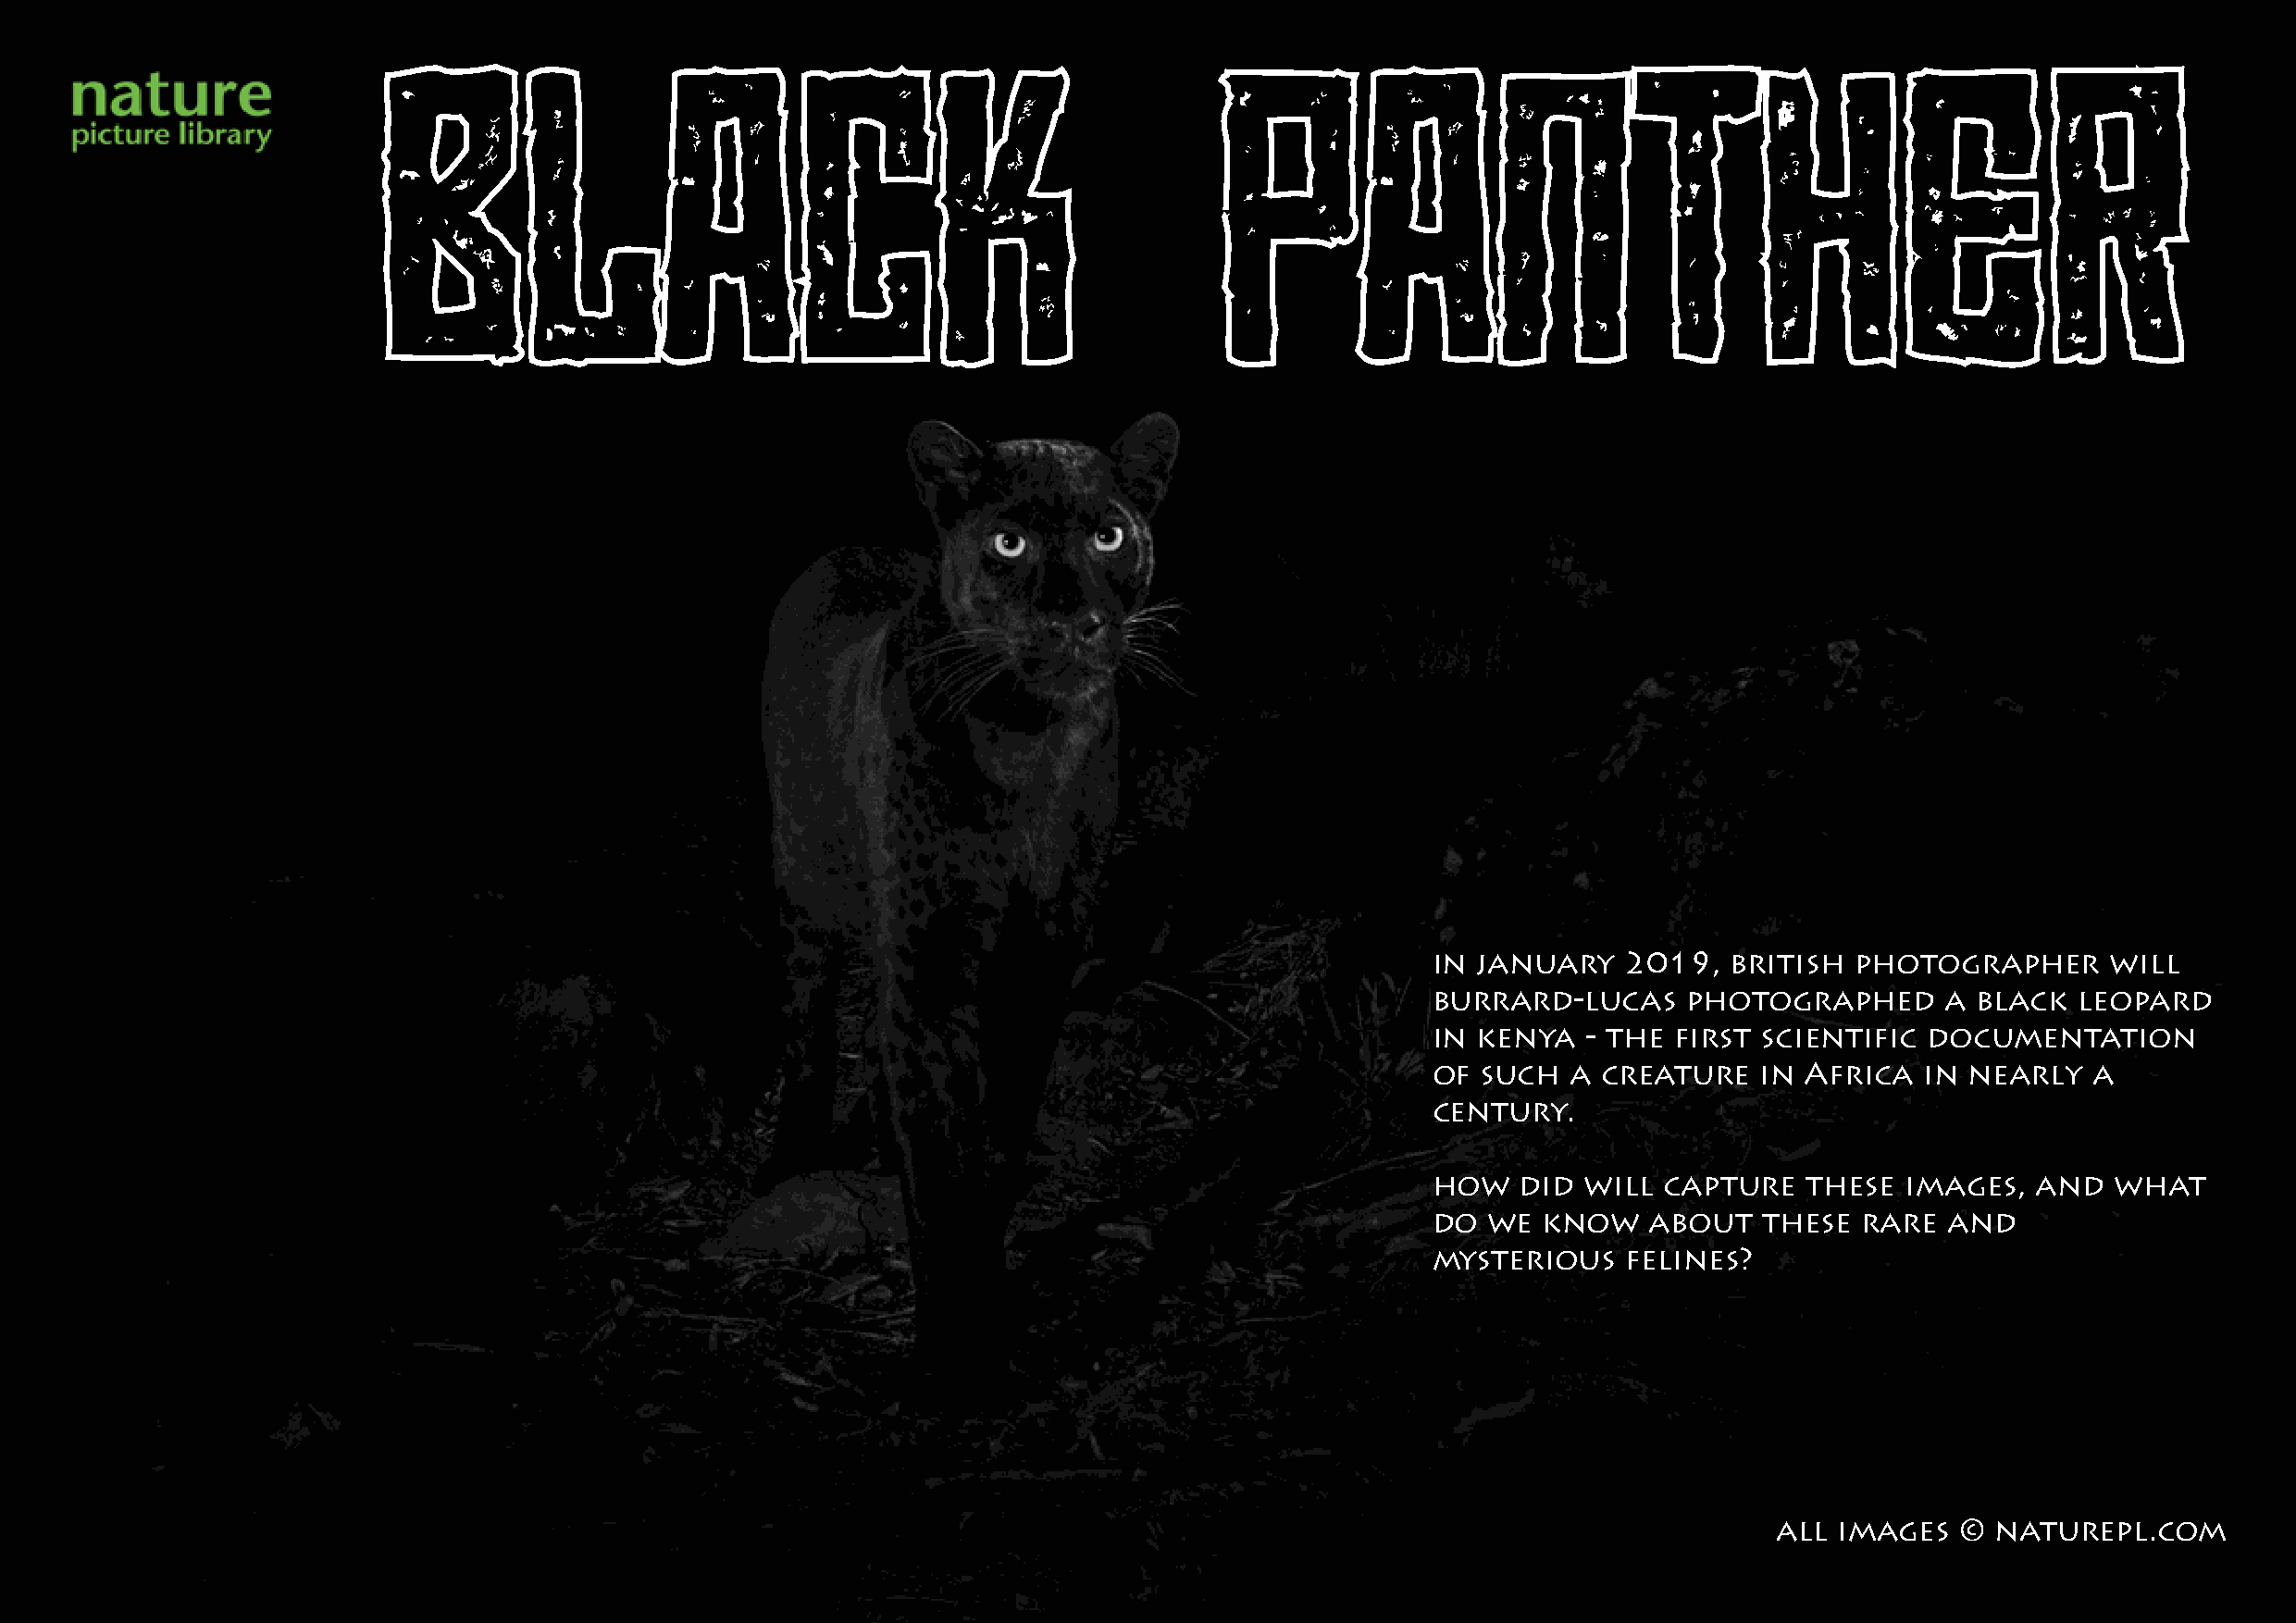
BLACK                                                       PANTHER
 in  january   2019,   british  photographer      will
 burrard-lucas      photographed      a black   leopard
 in  kenya  - the  first scientific  documentation
 of  such  a  creature   in Africa   in nearly   a
 century.
 how    did will  capture   these  images,   and  what
 do  we  know    about   these  rare  and
 mysterious    felines?
 all images   ©  naturepl.com